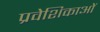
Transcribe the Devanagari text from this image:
प्रवेशिकाओं